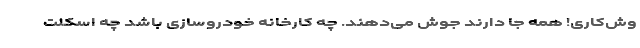
وش‌کاری! همه جا دارند جوش می‌دهند. چه کارخانه خودرو‌سازی باشد چه اسکلت